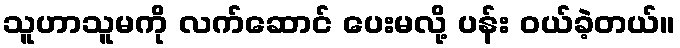
သူဟာသူမကို လက်ဆောင် ပေးမလို့ ပန်း ဝယ်ခဲ့တယ်။